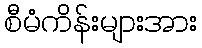
စီမံကိန်းများအား